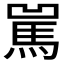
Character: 𩡿